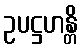
ဥပဋ္ဌဟန္တိ